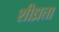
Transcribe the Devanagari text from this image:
शीध्रता